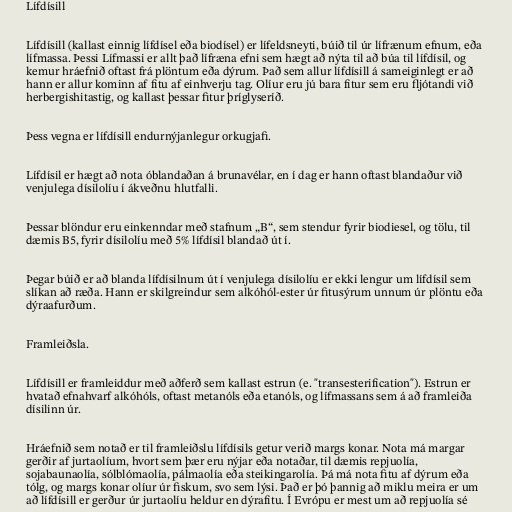
Lífdísill

Lífdísill (kallast einnig lífdísel eða biodísel) er lífeldsneyti, búið til úr lífrænum efnum, eða
lífmassa. Þessi Lífmassi er allt það lífræna efni sem hægt að nýta til að búa til lífdísil, og
kemur hráefnið oftast frá plöntum eða dýrum. Það sem allur lífdísill á sameiginlegt er að
hann er allur kominn af fitu af einhverju tag. Olíur eru jú bara fitur sem eru fljótandi við
herbergishitastig, og kallast þessar fitur þríglyseríð.

Þess vegna er lífdísill endurnýjanlegur orkugjafi.

Lífdísil er hægt að nota óblandaðan á brunavélar, en í dag er hann oftast blandaður við
venjulega dísilolíu í ákveðnu hlutfalli.

Þessar blöndur eru einkenndar með stafnum „B“, sem stendur fyrir biodiesel, og tölu, til
dæmis B5, fyrir dísilolíu með 5% lífdísil blandað út í.

Þegar búið er að blanda lífdísilnum út í venjulega dísilolíu er ekki lengur um lífdísil sem
slíkan að ræða. Hann er skilgreindur sem alkóhól-ester úr fitusýrum unnum úr plöntu eða
dýraafurðum.

Framleiðsla.

Lífdísill er framleiddur með aðferð sem kallast estrun (e. "transesterification"). Estrun er
hvatað efnahvarf alkóhóls, oftast metanóls eða etanóls, og lífmassans sem á að framleiða
dísilinn úr.

Hráefnið sem notað er til framleiðslu lífdísils getur verið margs konar. Nota má margar
gerðir af jurtaolíum, hvort sem þær eru nýjar eða notaðar, til dæmis repjuolía,
sojabaunaolía, sólblómaolía, pálmaolía eða steikingarolía. Þá má nota fitu af dýrum eða
tólg, og margs konar olíur úr fiskum, svo sem lýsi. Það er þó þannig að miklu meira er um
að lífdísill er gerður úr jurtaolíu heldur en dýrafitu. Í Evrópu er mest um að repjuolía sé